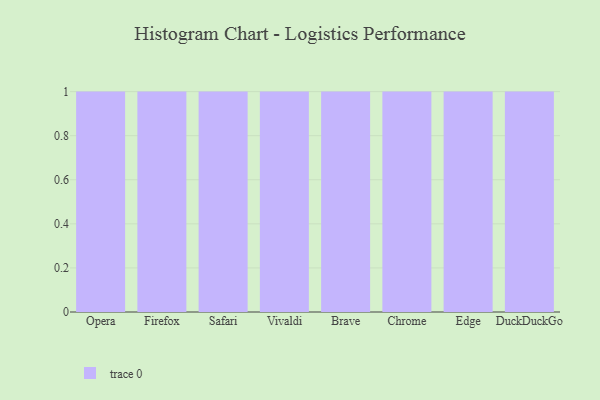
{"axis": {"x": "Browser", "y": "Humidity (%)"}, "legend": [""], "data": [{"x": "Opera", "y": 72, "type": ""}, {"x": "Firefox", "y": 30, "type": ""}, {"x": "Safari", "y": 31, "type": ""}, {"x": "Vivaldi", "y": 40, "type": ""}, {"x": "Brave", "y": 61, "type": ""}, {"x": "Chrome", "y": 26, "type": ""}, {"x": "Edge", "y": 86, "type": ""}, {"x": "DuckDuckGo", "y": 84, "type": ""}]}